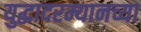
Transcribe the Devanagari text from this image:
युद्धादरम्यानच्या